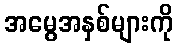
အမွေအနှစ်များကို